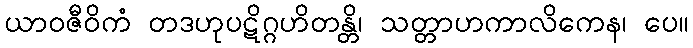
ယာဝဇီဝိကံ တဒဟုပဋိဂ္ဂဟိတန္တိ၊ သတ္တာဟကာလိကေန၊ ပေ။